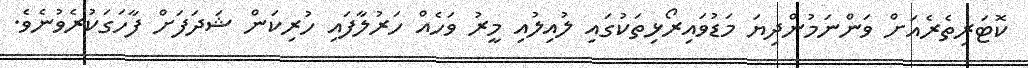
ކޮޓަރިތެރެއަށް ވަންނަމުންދިޔަ މަޑުވައިރޯޅިތަކުގައި ލުއިލުއި މީރު ވަހެއް ހަރުލާފައި ހުރިކަން ޝަދަފަށް ފާހަގަކުރެވުނެވެ.